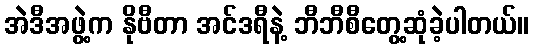
အဲဒီအဖွဲ့က နိုဗီတာ အင်ဒရီနဲ့ ဘီဘီစီတွေ့ဆုံခဲ့ပါတယ်။